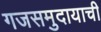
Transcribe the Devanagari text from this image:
गजसमुदायाची